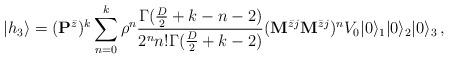
LaTeX: \begin{align*}|h_3\rangle=({\bf P}^{\bar{z}})^k\sum_{n=0}^{k}\rho^n\frac{\Gamma(\frac{D}{2}+k-n-2)}{2^n n!\Gamma(\frac{D}{2}+k-2)}({\bf M}^{\bar{z}j}{\bf M}^{\bar{z}j})^nV_0|0\rangle_1|0\rangle_2|0\rangle_3\,,\end{align*}